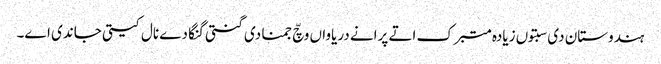
ہندوستان دی سبتوں زیادہ متبرک اتے پرانے دریاواں وچّ جمنا دی گنتی گنگا دے نال کیتی جاندی اے۔